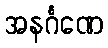
အနင်္ဂဏေ